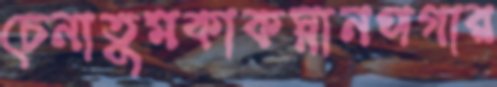
চেনাতুমকাকস্নানপগার